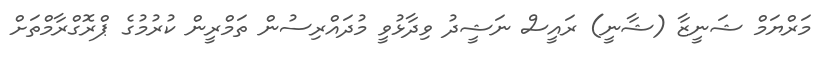
މަރްޔަމް ޝަނީޒާ (ޝާނީ) ރައީސް ނަޝީދު ވިދާޅުވީ މުދައްރިސުން ތަމްރީން ކުރުމުގެ ޕްރޮގްރާމްތަށް